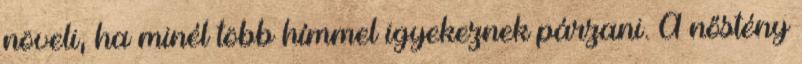
növeli, ha minél több hímmel igyekeznek párzani. A nőstény